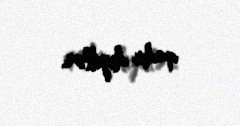
qadir deyillər.